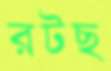
রটছ